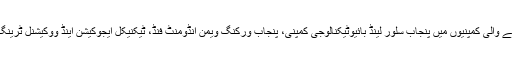
ترجمان کے مطابق ریکارڈ جمع نہ کرانے والی کمپنیوں میں پنجاب سلور لینڈ بائیوٹیکنالوجی کمپنی، پنجاب ورکنگ ویمن انڈومنٹ فنڈ، ٹیکنیکل ایجوکیشن اینڈ ووکیشنل ٹرینگ اتھارٹی سمیت دیگر کمپنیاں شامل ہیں۔